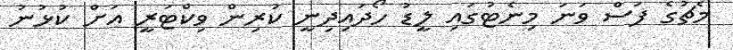
މެޗުގެ ފަސް ވަނަ މިނެޓުގައި ލީޑު ހޯދައިދިނީ ކުރިން ވިކްޓަރީ އަށް ކުޅުނު